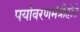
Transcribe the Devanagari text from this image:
पर्यावरणमंत्रीहोते